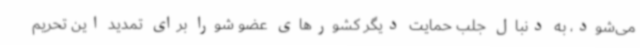
می‌شود، به دنبال جلب حمایت دیگر کشورهای عضو شورا برای تمدید این تحریم